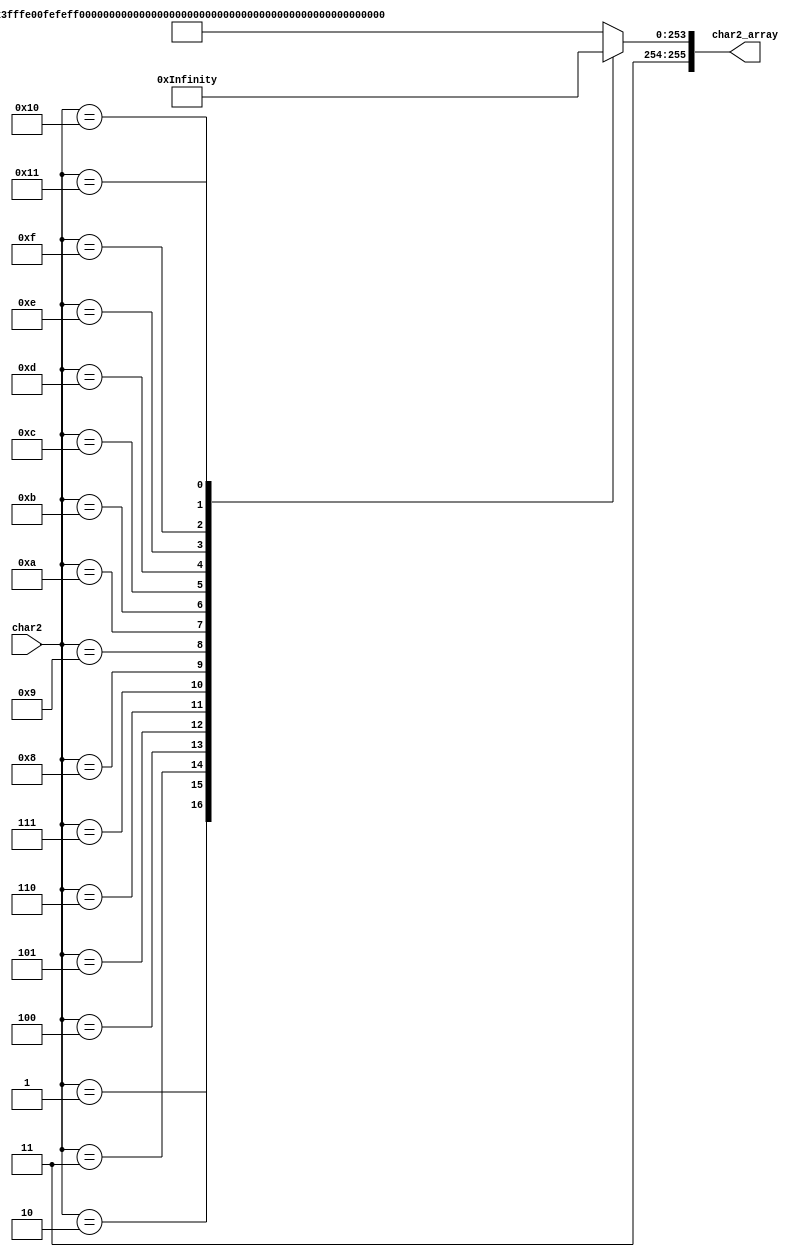
module  char2_array_decode
(
	char2,
	char2_array

);

input			[4:0]		char2;
output  reg		[255:0]     char2_array;
	
reg [255:0] char00_Template = {8'hFF,8'hFF,8'hE0,8'h0F,8'hEF,8'hEF,8'hEF,8'hEF,8'hE0,8'h0F,8'hEF,8'hEF,8'hEF,8'hEF,8'hE0,8'h0F,8'hFB,8'hBF,8'hBB,8'hBB,8'hDB,8'hBB,8'hEB,8'hB7,8'hEB,8'hAF,8'hFB,8'hBF,8'h00,8'h01,8'hFF,8'hFF};/*"",0*/
reg [255:0] char01_Template = {8'hFF,8'hFF,8'hC0,8'h07,8'hFF,8'hFF,8'hFF,8'hFF,8'hFF,8'hFF,8'hFF,8'hFF,8'h00,8'h01,8'hFE,8'hFF,8'hFE,8'hFF,8'hEE,8'hEF,8'hEE,8'hF7,8'hDE,8'hFB,8'hBE,8'hFD,8'h7E,8'hFD,8'hFA,8'hFF,8'hFD,8'hFF};/*"",1*/
reg [255:0] char02_Template = {8'hEE,8'hEF,8'hEE,8'hEF,8'hE8,8'h03,8'hEE,8'hEF,8'h03,8'hFF,8'hEC,8'h07,8'hCD,8'hF7,8'hC4,8'h07,8'hA9,8'hF7,8'hAC,8'h07,8'h6F,8'hBF,8'hE8,8'h03,8'hEF,8'h5F,8'hEE,8'hEF,8'hED,8'hF7,8'hEB,8'hF9};/*"",2*/
reg [255:0] char03_Template = {8'hFF,8'hB7,8'hFF,8'hBB,8'hFF,8'hBB,8'hFF,8'hBF,8'h00,8'h01,8'hFF,8'hBF,8'hFF,8'hBF,8'hC1,8'hBF,8'hF7,8'hBF,8'hF7,8'hBF,8'hF7,8'hDF,8'hF7,8'hDD,8'hF0,8'hED,8'h87,8'hF5,8'hDF,8'hF9,8'hFF,8'hFD};/*"",3*/
reg [255:0] char04_Template = {8'hDF,8'hFF,8'hE8,8'h03,8'hFF,8'h7B,8'hBF,8'h5B,8'hBF,8'h6B,8'hA0,8'h0B,8'hBF,8'h7B,8'hB1,8'h5B,8'hB5,8'h5B,8'hB1,8'h5B,8'hBF,8'h3B,8'hB9,8'hAB,8'hA7,8'h4B,8'hBE,8'hEB,8'hBD,8'hFB,8'hBF,8'hF3};/*"",0*/
reg [255:0] char05_Template = {8'hF7,8'hBF,8'hF7,8'hBF,8'hF0,8'h03,8'hEF,8'hBF,8'hEF,8'hBF,8'hCC,8'h07,8'hCD,8'hF7,8'hAC,8'h07,8'h6D,8'hF7,8'hEC,8'h07,8'hED,8'hF7,8'hEC,8'h07,8'hED,8'hF7,8'hED,8'hF7,8'hE0,8'h01,8'hEF,8'hFF};/*"",1*/
reg [255:0] char06_Template = {8'hDF,8'h7F,8'hEF,8'h7F,8'hEF,8'h01,8'hFE,8'hFF,8'h01,8'hFF,8'hDE,8'h03,8'hDF,8'hDB,8'hC3,8'hDB,8'hDB,8'h5F,8'hDB,8'h5F,8'hDB,8'h43,8'hDB,8'h5F,8'hDB,8'h5F,8'hBA,8'h9F,8'hAA,8'hC1,8'h75,8'hFF};/*"",0*/
reg [255:0] char07_Template = {8'hDF,8'hDF,8'hDF,8'hDF,8'hDF,8'hDF,8'h02,8'h03,8'hBF,8'hDF,8'hAF,8'hBF,8'h6C,8'h01,8'h03,8'hBF,8'hEF,8'h7F,8'hEE,8'h03,8'hE3,8'hFB,8'h0F,8'h77,8'hAF,8'hAF,8'hEF,8'hDF,8'hEF,8'hEF,8'hEF,8'hEF};/*"",1*/
reg [255:0] char08_Template = {8'hDF,8'hBF,8'hDF,8'hDF,8'hD8,8'h01,8'hBB,8'hFD,8'hAE,8'hFF,8'h0E,8'h01,8'hDD,8'hEF,8'hD9,8'hDF,8'hB5,8'h83,8'h0D,8'hBB,8'hBD,8'hBB,8'hFD,8'h83,8'hCD,8'hBB,8'h3D,8'hBB,8'hFD,8'h83,8'hFD,8'hBB};/*"",0*/
reg [255:0] char09_Template = {8'hDF,8'hBF,8'hEF,8'hBF,8'hFF,8'hBF,8'h01,8'h7F,8'hDF,8'h01,8'hDE,8'hF7,8'hC1,8'h77,8'hDB,8'h77,8'hDB,8'h77,8'hDB,8'hAF,8'hDB,8'hAF,8'hDB,8'hDF,8'hBB,8'hAF,8'hAB,8'h77,8'h76,8'hFB,8'hFD,8'hFD};/*"",1*/
reg [255:0] char10_Template = {8'hFF,8'hFF,8'h80,8'h03,8'hFE,8'hFF,8'hFE,8'hFF,8'hEE,8'hEF,8'hF6,8'hEF,8'hF6,8'hDF,8'hFE,8'hFF,8'h00,8'h01,8'hFE,8'hFF,8'hFE,8'hFF,8'hFE,8'hFF,8'hFE,8'hFF,8'hFE,8'hFF,8'hFE,8'hFF,8'hFE,8'hFF};/*"",0*/
reg [255:0] char11_Template = {8'hF7,8'hDF,8'hE3,8'hDF,8'h0F,8'h83,8'hEF,8'h7B,8'hEE,8'hB7,8'h03,8'hCF,8'hEF,8'hDF,8'hCF,8'hB7,8'hC6,8'h6F,8'hAB,8'hC1,8'hAB,8'hBD,8'h6E,8'h5B,8'hEF,8'hE7,8'hEF,8'hEF,8'hEF,8'h9F,8'hEE,8'h7F};/*"",1*/
reg [255:0] char12_Template = {8'hFB,8'hFF,8'hFB,8'hFF,8'hFB,8'hFF,8'h00,8'h01,8'hF7,8'hFF,8'hF7,8'h7F,8'hF7,8'h7B,8'hED,8'h7B,8'hED,8'h77,8'hDB,8'h6F,8'hD6,8'hBF,8'hBE,8'hBF,8'h7D,8'hDF,8'hFB,8'hEF,8'hE7,8'hF7,8'h9F,8'hF9};/*"",0*/
reg [255:0] char13_Template = {8'hFE,8'hFF,8'hFF,8'h7F,8'hC0,8'h01,8'hDD,8'hDF,8'hDD,8'hDF,8'hC0,8'h03,8'hDD,8'hDF,8'hDD,8'hDF,8'hDC,8'h1F,8'hDF,8'hFF,8'hD0,8'h0F,8'hDB,8'hEF,8'hBD,8'hDF,8'hBE,8'h3F,8'h79,8'hCF,8'hC7,8'hF1};/*"",1*/
reg [255:0] char14_Template = {8'hFF,8'hFF,8'hC0,8'h07,8'hDE,8'hF7,8'hD6,8'hD7,8'hDA,8'hB7,8'hC0,8'h07,8'hFE,8'hFF,8'hFE,8'hFF,8'hC0,8'h07,8'hFE,8'hFF,8'hFE,8'hFF,8'h00,8'h01,8'hFF,8'hFF,8'hB7,8'h77,8'hBB,8'hBB,8'h7B,8'hBB};/*"",0*/
reg [255:0] char15_Template = {8'hFE,8'hFF,8'hFD,8'hFF,8'hFB,8'hFF,8'hC0,8'h07,8'hDF,8'hF7,8'hDF,8'hF7,8'hDF,8'hF7,8'hDF,8'hF7,8'hC0,8'h07,8'hDF,8'hF7,8'hDF,8'hF7,8'hDF,8'hF7,8'hDF,8'hF7,8'hDF,8'hF7,8'hC0,8'h07,8'hDF,8'hF7};/*"",1*/
reg [255:0] char16_Template = {8'hFF,8'hFF,8'h80,8'h03,8'hFE,8'hFF,8'hFE,8'hFF,8'hFE,8'hFF,8'hFE,8'hFF,8'hEE,8'hFF,8'hEE,8'h07,8'hEE,8'hFF,8'hEE,8'hFF,8'hEE,8'hFF,8'hEE,8'hFF,8'hEE,8'hFF,8'hEE,8'hFF,8'h00,8'h01,8'hFF,8'hFF};/*"",0*/
reg [255:0] char17_Template = {8'hFE,8'hFF,8'hEE,8'hEF,8'hF6,8'hDF,8'h80,8'h01,8'hBF,8'hFD,8'h60,8'h0B,8'hEF,8'hEF,8'hE0,8'h0F,8'hFE,8'hFF,8'hC0,8'h07,8'hDE,8'hF7,8'hDE,8'hF7,8'hDE,8'hD7,8'hDE,8'hEF,8'hFE,8'hFF,8'hFE,8'hFF};/*"",1*/


always@(*)
begin
	case(char2)
		0		:	char2_array = char00_Template	;	/*"",0*/
		1		:	char2_array = char01_Template	;   /*"",1*/
		2		:	char2_array = char02_Template	;   /*"",2*/
		3		:	char2_array = char03_Template	;   /*"",3*/
		4		:	char2_array = char04_Template	;   /*"",0*/
		5		:   char2_array = char05_Template	;   /*"",1*/
		6		:	char2_array = char06_Template	;   /*"",0*/
		7		:	char2_array = char07_Template	;   /*"",1*/
		8		:	char2_array = char08_Template	;   /*"",0*/
		9		:	char2_array = char09_Template	;   /*"",1*/
		10		:	char2_array = char10_Template	;   /*"",0*/
		11      :   char2_array = char11_Template	;   /*"",1*/
		12      :   char2_array = char12_Template	;   /*"",0*/
		13      :   char2_array = char13_Template	;   /*"",1*/
		14		:   char2_array = char14_Template	;   /*"",0*/
		15      :   char2_array = char15_Template	;   /*"",1*/
		16      :   char2_array = char16_Template	;   /*"",0*/
		17		:	char2_array	= char17_Template	;   /*"",1*/
		default :	char2_array = char00_Template  ;
	endcase
end



endmodule